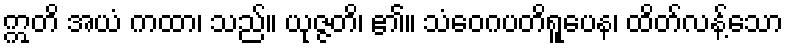
ဣတိ အယံ ကထာ၊ သည်။ ယုဇ္ဇတိ၊ ၏။ သံဝေဂပတိရူပေန၊ ထိတ်လန့်သော